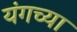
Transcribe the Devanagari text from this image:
यंगच्या